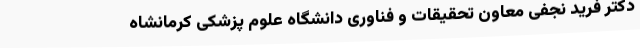
دکتر فرید نجفی معاون تحقیقات و فناوری دانشگاه علوم پزشکی کرمانشاه